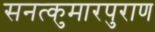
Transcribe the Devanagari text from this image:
सनत्कुमारपुराण